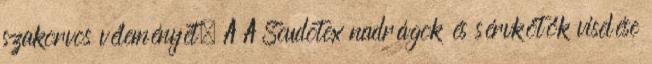
szakorvos véleményét. A A Scudotex nadrágok és sérvkötők viselése